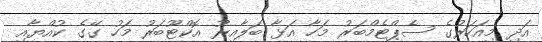
އަދި މިއަހަރުގެ ސެޕްޓެމްބަރު މަހާ އަޅާ ބަލާއިރު އޮކްޓޫބަރު މަހު ގޭގެ ކުއްޔާއި